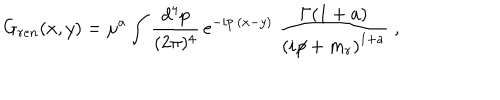
LaTeX: G _ { r e n } ( x , y ) = \mu ^ { a } \int _ { } ^ { } \frac { d ^ { 4 } p } { ( 2 \pi ) ^ { 4 } } \, e ^ { - i p \cdot ( x - y ) } \; \frac { \Gamma ( 1 + a ) } { \left( i \! \! \not \! p + m _ { r } \right) ^ { 1 + a } } \; ,